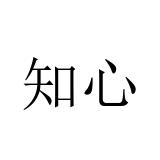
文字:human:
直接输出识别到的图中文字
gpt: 知心